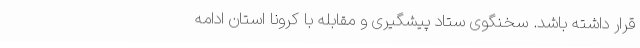
قرار داشته باشد. سخنگوی ستاد پیشگیری و مقابله با کرونا استان ادامه